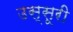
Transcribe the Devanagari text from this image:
उस्सूरी